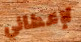
لإعطائي